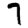
Digit: 7